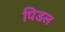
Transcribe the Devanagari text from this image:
पिडल